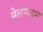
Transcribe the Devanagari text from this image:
मेलप्पदम